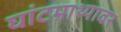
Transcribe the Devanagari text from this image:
घांटमाथ्यावर